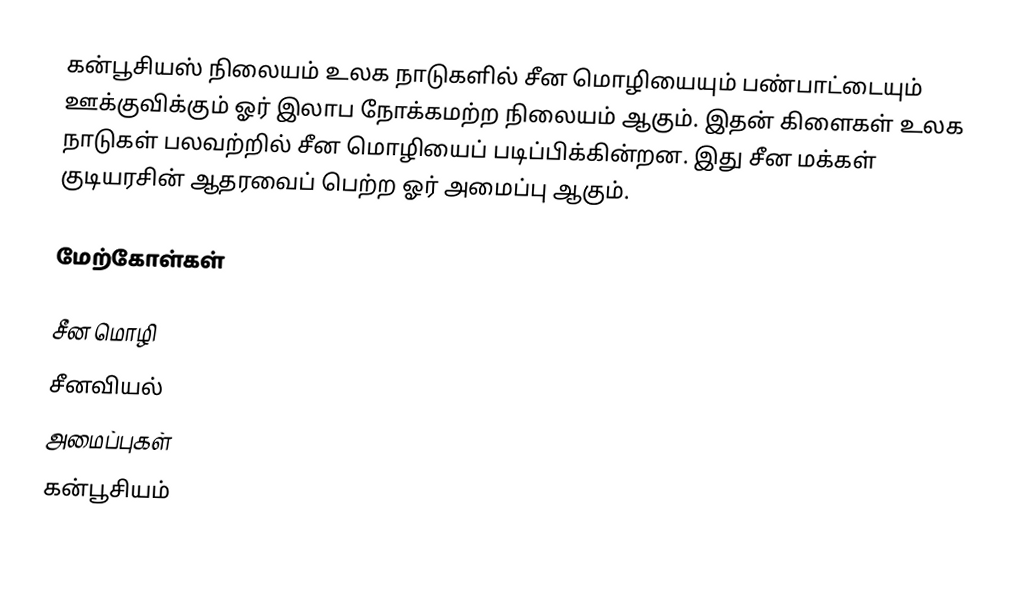
கன்பூசியஸ் நிலையம் உலக நாடுகளில் சீன மொழியையும் பண்பாட்டையும் ஊக்குவிக்கும் ஓர் இலாப நோக்கமற்ற நிலையம் ஆகும். இதன் கிளைகள் உலக நாடுகள் பலவற்றில் சீன மொழியைப் படிப்பிக்கின்றன. இது சீன மக்கள் குடியரசின் ஆதரவைப் பெற்ற ஓர் அமைப்பு ஆகும்.

மேற்கோள்கள்

சீன மொழி
சீனவியல்
அமைப்புகள்
கன்பூசியம்